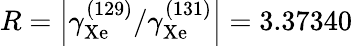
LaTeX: R=\left\vert\gamma_{\mathrm{Xe}}^{(129)}/\gamma_{\mathrm{Xe}}^{(131)}\right\vert=3.37340